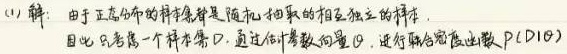
(1) 解：由于正态分布的样本是随机抽取的相互独立的样本.
因此只考虑一个样本集，通过估计参数的量，进行联合密度函数 \(P(D|\theta)\)